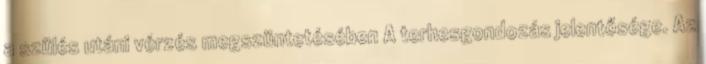
a szülés utáni vérzés megszüntetésében A terhesgondozás jelentősége. Az